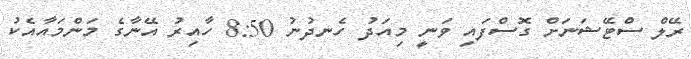
ރޭލް ސްޓޭޝަނަށް ގޮސްފައި ވަނީ މިއަދު ހެނދުނު 8:50 ހާއިރު އޭނާގެ މަންމައާއެކު